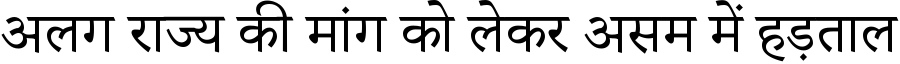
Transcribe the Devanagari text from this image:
अलग राज्य की मांग को लेकर असम में हड़ताल